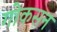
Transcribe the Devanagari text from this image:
गोकसन